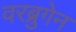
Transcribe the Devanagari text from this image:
वरब्रुगेन